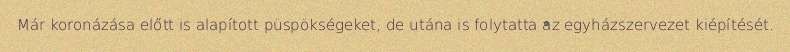
Már koronázása előtt is alapított püspökségeket, de utána is folytatta az egyházszervezet kiépítését.